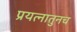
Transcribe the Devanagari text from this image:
प्रयत्नातुनच